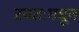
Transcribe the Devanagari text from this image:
स्वतःमधून